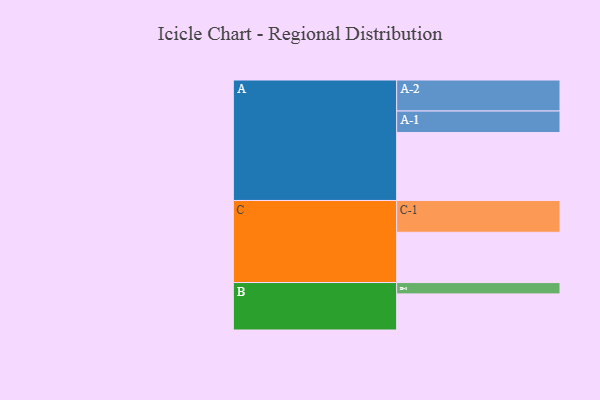
{"axis": {"x": "Segment", "y": "Value"}, "legend": ["", "A", "B", "C"], "data": [{"x": "A", "y": 600, "type": ""}, {"x": "B", "y": 319, "type": ""}, {"x": "C", "y": 444, "type": ""}, {"x": "A-1", "y": 190, "type": "A"}, {"x": "A-2", "y": 274, "type": "A"}, {"x": "B-1", "y": 100, "type": "B"}, {"x": "C-1", "y": 281, "type": "C"}]}